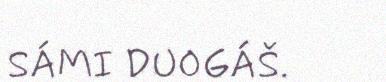
SÁMI DUOGÁŠ.